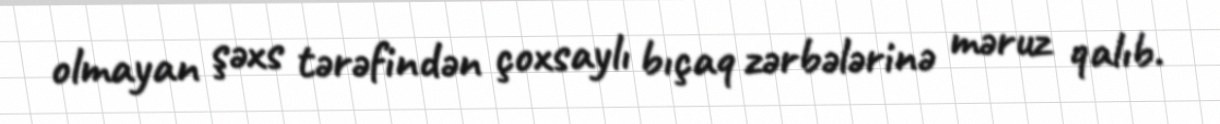
olmayan şəxs tərəfindən çoxsaylı bıçaq zərbələrinə məruz qalıb.